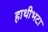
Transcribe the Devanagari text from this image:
हाथीभटा